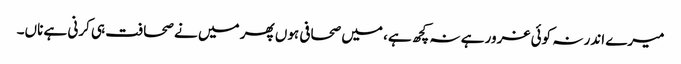
میرے اندر نہ کوئی غرور ہے نہ کچھ ہے، میں صحافی ہوں پھر میں نے صحافت ہی کرنی ہے ناں۔